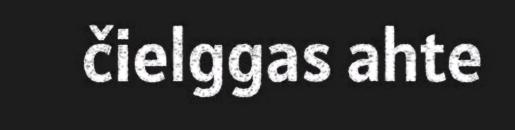
čielggas ahte